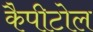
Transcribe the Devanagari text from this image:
कैपीटोल